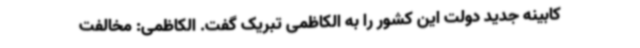
کابینه جدید دولت این کشور را به الکاظمی تبریک گفت. الکاظمی: مخالفت